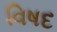
વિષદ